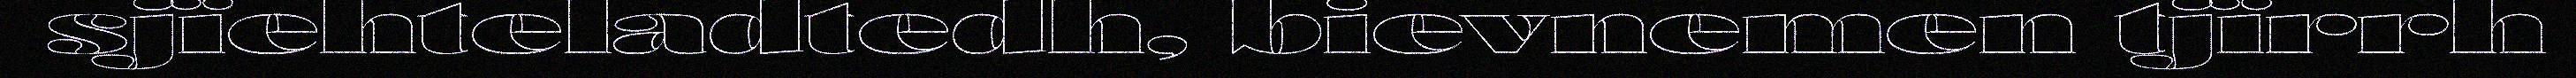
sjïehteladtedh, bievnemen tjïrrh